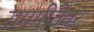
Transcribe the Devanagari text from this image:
रामगीतेवर